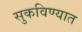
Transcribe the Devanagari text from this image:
सुकविण्यात